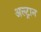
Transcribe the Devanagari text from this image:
अल्ट्रान